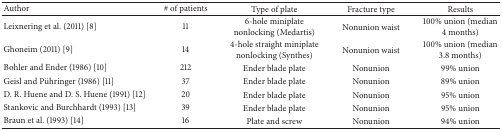
<table><thead><tr><td><b>Author</b></td><td><b># of patients</b></td><td><b>Type of plate</b></td><td><b>Fracture type</b></td><td><b>Results</b></td></tr></thead><tbody><tr><td> Leixnering et al. (2011) [8]</td><td>11 </td><td>6-hole miniplate nonlocking (Medartis)</td><td>Nonunion waist</td><td>100% union (median 4 months)</td></tr><tr><td>Ghoneim (2011) [9]</td><td>14</td><td>4-hole straight miniplate nonlocking (Synthes)</td><td>Nonunion waist</td><td>100% union (median 3.8 months)</td></tr><tr><td> Bohler and Ender (1986) [10]</td><td>212</td><td>Ender blade plate</td><td>Nonunion</td><td>99% union</td></tr><tr><td> Geisl and Pühringer (1986) [11]</td><td>37</td><td>Ender blade plate</td><td>Nonunion</td><td>89% union</td></tr><tr><td> D. R. Huene and D. S. Huene (1991) [12]</td><td>20</td><td>Ender blade plate</td><td>Nonunion </td><td>95% union</td></tr><tr><td> Stankovic and Burchhardt (1993) [13]</td><td>39</td><td>Ender blade plate </td><td>Nonunion</td><td>95% union</td></tr><tr><td> Braun et al. (1993) [14]</td><td>16</td><td>Plate and screw</td><td>Nonunion</td><td>94% union</td></tr></tbody></table>